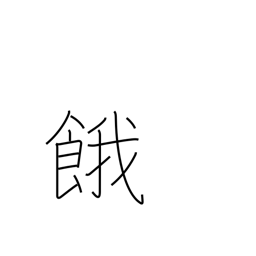
Meaning: thirst